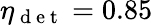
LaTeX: \eta_{\mathrm{~d~e~t~}}=0.85